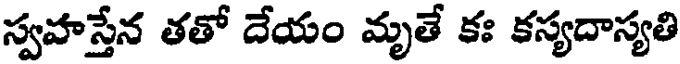
స్వహస్తేన తతో దేయం మృతే కః కస్యదాస్యతి